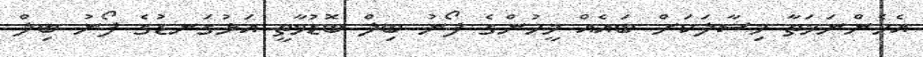
އެހެންނަމަތާ މިސާލަކަށް ބައެއް މީހުންގެ ފޯނު ބިލް ބޮޑުވާތީ އަޅުގަނޑުގެ ފޯނު ބިލް